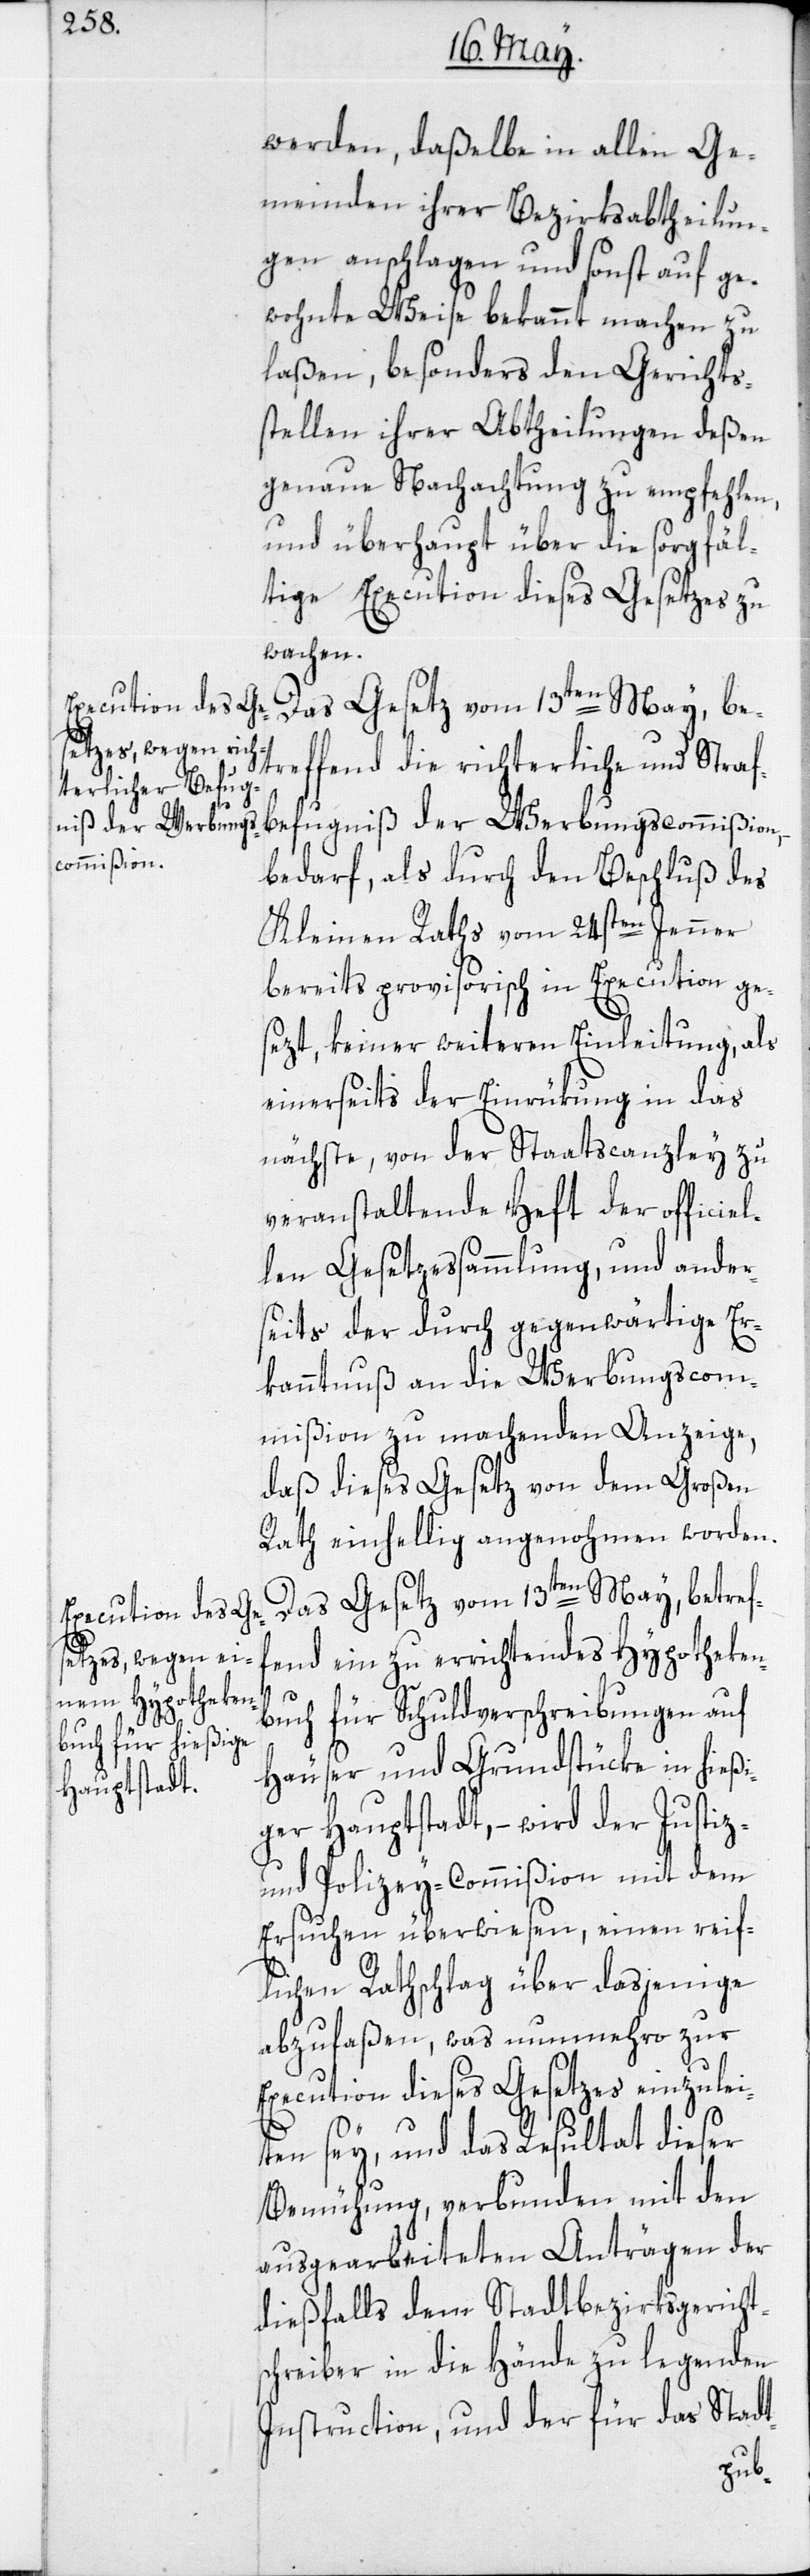
werden, daßelbe in allen Ge¬
meinden ihrer Bezirksabtheilun¬
gen anschlagen und sonst auf ge¬
wohnte Weise bekannt machen zu
laßen, besonders den Gerichts¬
stellen ihrer Abtheilungen deßen
genaue Nachachtung zu empfehlen,
und überhaupt über die sorgfäl¬
tige Execution dieses Gesetzes zu
wachen.
Das Gesetz vom 13ten May, be¬
treffend die richterliche und Straf¬
befugniß der Werbungscommißion,
bedarf, als durch den Beschluß des
Kleinen Raths vom 24sten Jenner
bereits provisorisch in Execution ge¬
sezt, keiner weiteren Einleitung, als
einerseits der Einrükung in das
nächste, von der Staatscanzley zu
veranstaltende Heft der officiel¬
len Gesetzessammlung, und ander¬
seits der durch gegenwärtige Er¬
kanntnuß an die Werbungscom¬
mißion zu machenden Anzeige,
daß dieses Gesetz von dem Großen
Rath einhellig angenohmen worden.
Das Gesetz vom 13ten May, betref¬
fend ein zu errichtendes Hypotheken¬
buch für Schuldverschreibungen auf
Häuser und Grundstücke in hießi¬
ger Hauptstadt, – wird der Justiz-
und Polizey-Commißion mit dem
Ersuchen überwiesen, einen reiff¬
lichen Rathschlag über dasjenige
abzufaßen, was nunmehro zur
Execution dieses Gesetzes einzulei¬
ten sey, und das Resultat dieser
Bemühung, verbunden mit den
ausgearbeiteten Anträgen der
dießfalls dem Stadtbezirksgericht¬
schreiber in die Hände zu legenden
Instruction, und der für das Stadt-